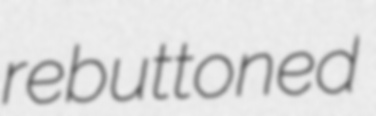
rebuttoned